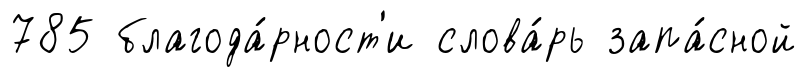
785 благода́рност'и слова́рь запа́сной